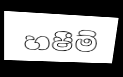
හෂීම්